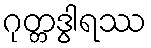
ဂုတ္တဒွါရဿ